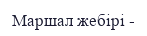
Маршал жебірі -